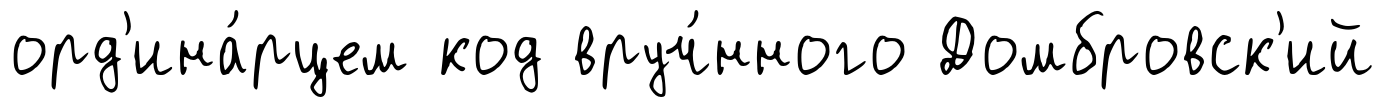
орд'ина́рцем код вруч́нного Домбровск'ий